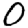
Digit: 0